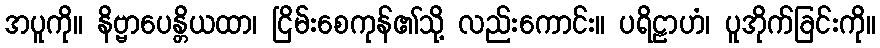
အပူကို။ နိဗ္ဗာပေန္တိယထာ၊ ငြိမ်းစေကုန်၏သို့ လည်းကောင်း။ ပရိဠာဟံ၊ ပူအိုက်ခြင်းကို။